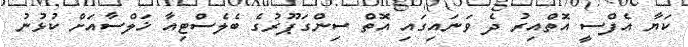
ކަޔާ އެފްސީ އޮތްއިރު ދެ ވަނައިގައި އޮތް ސިންގަޕޫރުގެ ބެލެސްޓިއާ ޚަލްސާއަށް ކުޅުނު